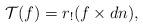
LaTeX: \begin{align*}\mathcal T(f) = r_!(f \times dn),\end{align*}